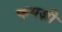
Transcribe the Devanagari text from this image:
फयज़ी